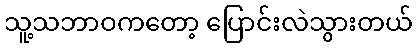
သူ့သဘာဝကတော့ ပြောင်းလဲသွားတယ်